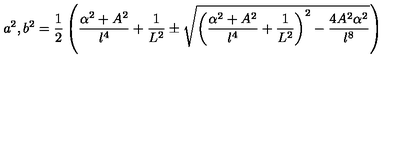
a ^ { 2 } , b ^ { 2 } = \frac { 1 } { 2 } \left( \frac { \alpha ^ { 2 } + A ^ { 2 } } { l ^ { 4 } } + \frac { 1 } { L ^ { 2 } } \pm \sqrt { \left( \frac { \alpha ^ { 2 } + A ^ { 2 } } { l ^ { 4 } } + \frac { 1 } { L ^ { 2 } } \right) ^ { 2 } - \frac { 4 A ^ { 2 } \alpha ^ { 2 } } { l ^ { 8 } } } \right)